Statistics compiled by the Government of India from the reports of provincial Civil Veterinary Departments
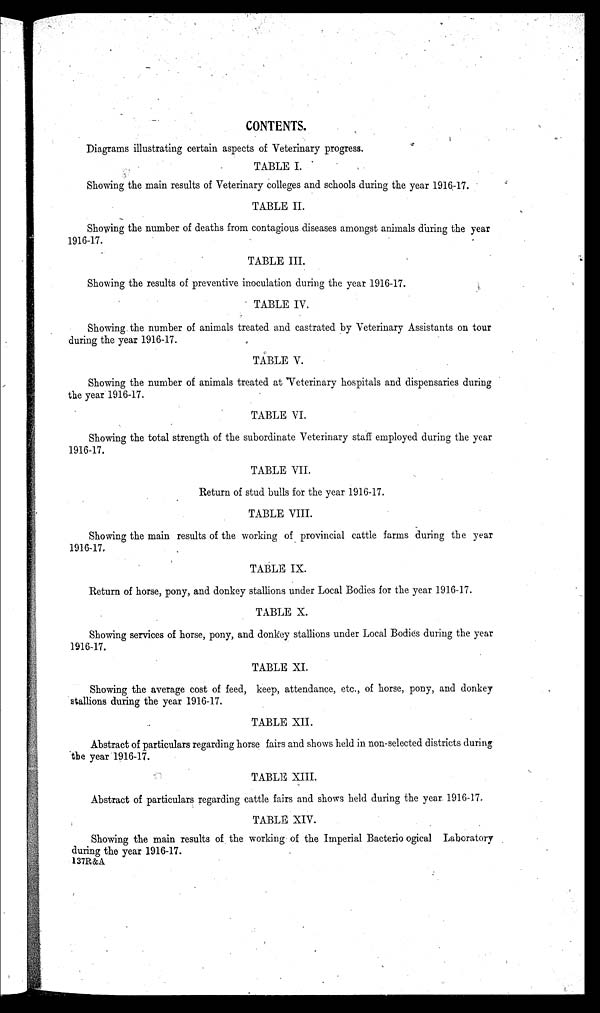
CONTENTS.
Diagrams illustrating certain aspects of Veterinary progress.
TABLE I.
Showing the main results of Veterinary colleges and schools during the year 1916-17.
TABLE II.
Showing the number of deaths from contagious diseases amongst animals during the year
1916-17.
TABLE III.
Showing the results of preventive inoculation during the year 1916-17.
TABLE IV.
Showing the number of animals treated and castrated by Veterinary Assistants on tour
during the year 1916-17.
TABLE V.
Showing the number of animals treated at Veterinary hospitals and dispensaries during
the year 1916-17.
TABLE VI.
Showing the total strength of the subordinate Veterinary staff employed during the year
1916-17.
TABLE VII.
Return of stud bulls for the year 1916-17.
TABLE VIII.
Showing the main results of the working of provincial cattle farms during the year
1916-17.
TABLE IX.
Return of horse, pony, and donkey stallions under Local Bodies for the year 1916-17.
TABLE X.
Showing services of horse, pony, and donkey stallions under Local Bodies during the year
1916-17.
TABLE XI.
Showing the average cost of feed, keep, attendance, etc., of horse, pony, and donkey
stallions during the year 1916-17.
TABLE XII.
Abstract of particulars regarding horse fairs and shows held in non-selected districts during
the year 1916-17.
TABLE XIII.
Abstract of particulars regarding cattle fairs and shows held during the year 1916-17.
TABLE XIV.
Showing the main results of the working of the Imperial Bacterio ogical Laboratory
during the year 1916-17.
137R&A